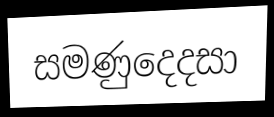
සමණුදෙදසා